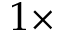
1 \times